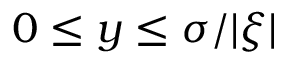
0 \le y \le \sigma / | \xi |